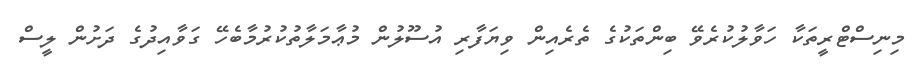
މިނިސްޓްރީތަކާ ހަވާލުކުރެވޭ ބިންތަކުގެ ތެރެއިން ވިޔަފާރި އުސޫލުން މުޢާމަލާތުކުރުމާބެހޭ ގަވާއިދުގެ ދަށުން ލީސް